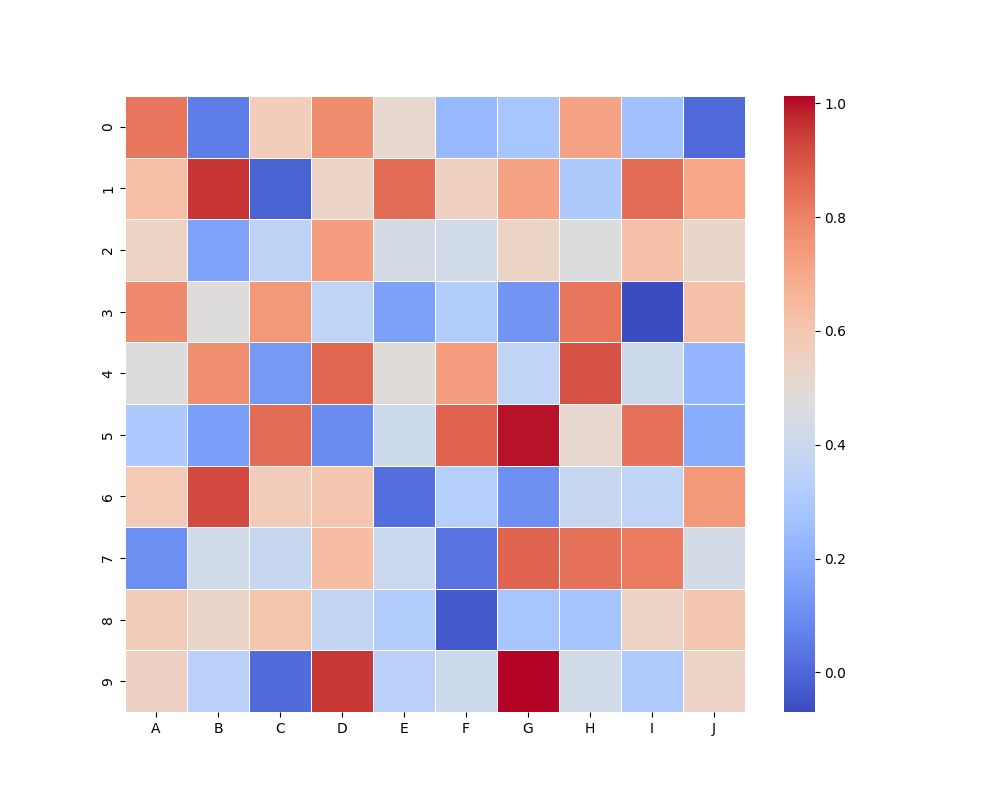
python, seaborn, heatmap, cmap='coolwarm', linewidths=0.5, center=none